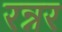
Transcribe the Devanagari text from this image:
रन्नर